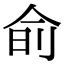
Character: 𬾊